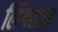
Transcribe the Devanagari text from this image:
लिंगताल